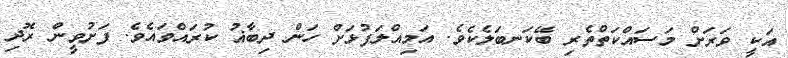
އަކީ ވަރަށް މަސައްކަތްތެރި ބޭކަނބަލެކެވެ. އަމިއްލަފުޅަށް ހަން ދިބާޣު ކުރައްވައެވެ. ފަށުވީން ރޮދި